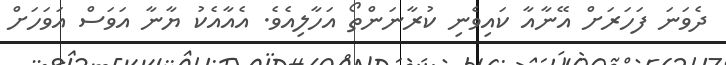
ދެވަނަ ފަހަރަށް އޭނާއާ ކައިވެނި ކުރާނަންތޯ އަހާލިއެވެ. އެއާއެކު ޔާނާ އަވަސް އަވަހަށް